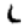
Digit: 1